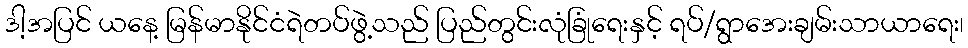
ဒါ့အပြင် ယနေ့ မြန်မာနိုင်ငံရဲတပ်ဖွဲ့သည် ပြည်တွင်းလုံခြုံရေးနှင့် ရပ်/ရွာအေးချမ်းသာယာရေး၊